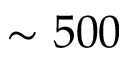
\sim 5 0 0